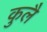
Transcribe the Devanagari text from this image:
कुलै